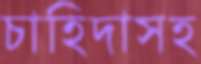
চাহিদাসহ